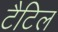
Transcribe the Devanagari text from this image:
टैटिल